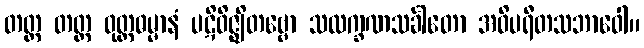
တတ္ထ တတ္ထ ဝုတ္တဓမ္မာနံ ပဋိဝိဇ္ဈိတဗ္ဗော သလက္ခဏသင်္ခါတော အဝိပရီတသဘာဝေါ။